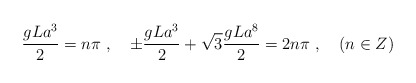
\begin{align*}\frac{gLa^{3}}{2} = n \pi \ , \quad \pm \frac{gLa^{3}}{2}+ \sqrt{3}\frac{gLa^{8}}{2} = 2n\pi \ , \quad(n \in Z)\end{align*}